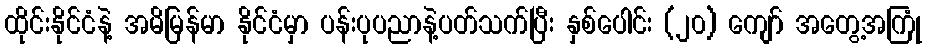
ထိုင်းနိုင်ငံနဲ့ အမိမြန်မာ နိုင်ငံမှာ ပန်းပုပညာနဲ့ပတ်သက်ပြီး နှစ်ပေါင်း (၂၀) ကျော် အတွေ့အကြုံ